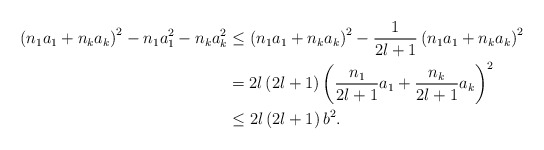
\begin{align*}\left( n_{1}a_{1}+n_{k}a_{k}\right) ^{2}-n_{1}a_{1}^{2}-n_{k}a_{k}^{2} &\leq\left( n_{1}a_{1}+n_{k}a_{k}\right) ^{2}-\frac{1}{2l+1}\left(n_{1}a_{1}+n_{k}a_{k}\right) ^{2}\\& =2l\left( 2l+1\right) \left( \frac{n_{1}}{2l+1}a_{1}+\frac{n_{k}}{2l+1}a_{k}\right) ^{2}\\& \leq2l\left( 2l+1\right) b^{2}.\end{align*}